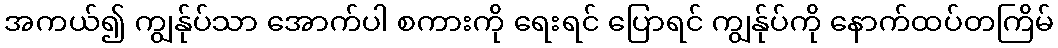
အကယ်၍ ကျွန်ုပ်သာ အောက်ပါ စကားကို ရေးရင် ပြောရင် ကျွန်ုပ်ကို နောက်ထပ်တကြိမ်